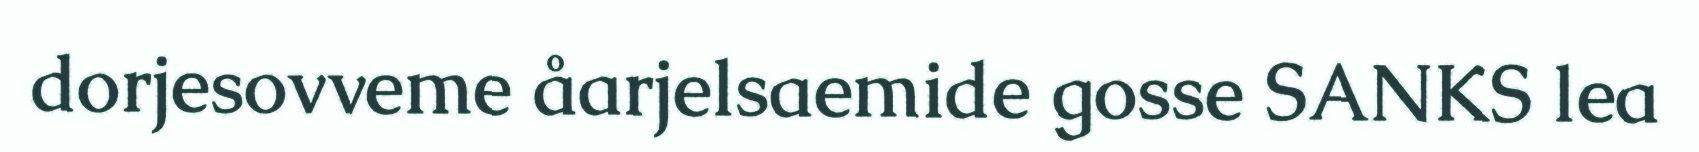
dorjesovveme åarjelsaemide gosse SANKS lea